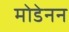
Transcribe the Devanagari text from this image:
मोडेनन